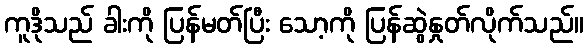
ကူဒိုသည် ခါးကို ပြန်မတ်ပြီး သော့ကို ပြန်ဆွဲနှုတ်လိုက်သည်။